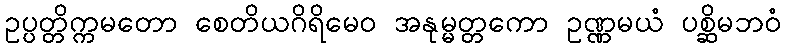
ဥပ္ပတ္တိက္ကမတော စေတိယဂိရိမေဝ အနုမ္မတ္တကော ဥဏ္ဏမယံ ပစ္ဆိမဘဝံ